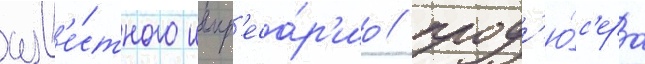
изв'е́стного импр'еса́р'ио / прод'ю́с'ера